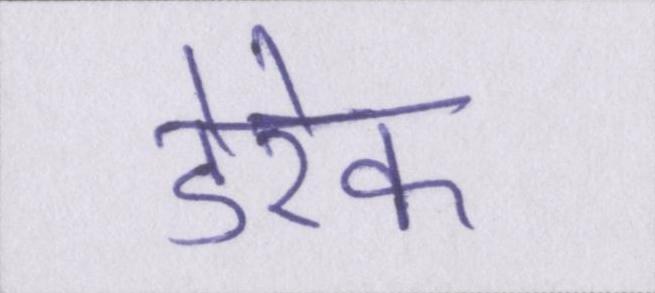
डेरेक